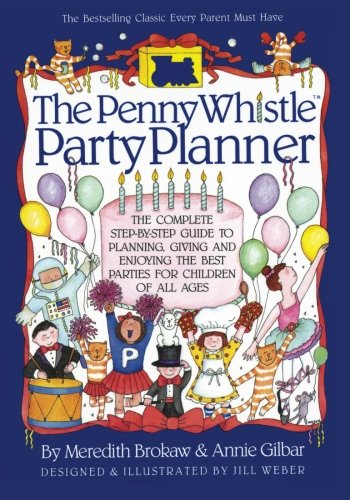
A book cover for Penny Whistle Party Planner; Meredith Brokaw; Cookbooks, Food & Wine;